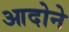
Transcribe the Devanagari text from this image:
आदोने